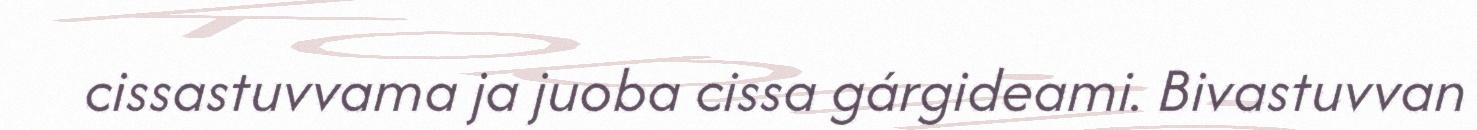
cissastuvvama ja juoba cissa gárgideami. Bivastuvvan